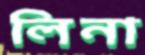
লিনা